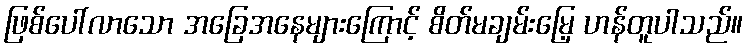
ဖြစ်ပေါ်လာသော အခြေအနေများကြောင့် စိတ်မချမ်းမြေ့ ဟန်တူပါသည်။